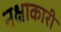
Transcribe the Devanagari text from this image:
नक्षाकारी